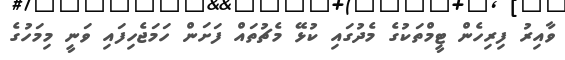
ވާއިރު ފިރިހެން ޓީމްތަކުގެ މެދުގައި ކުޅޭ މެޗުތައް ފަށަން ހަމަޖެހިފައި ވަނީ މިމަހުގެ